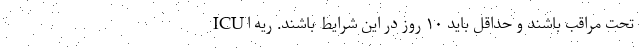
ICU تحت مراقب باشند و حداقل باید ۱۰ روز در این شرایط باشند. ریه ا